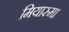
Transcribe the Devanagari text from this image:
मियास्मा